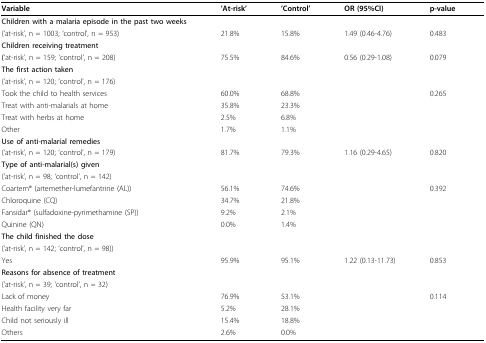
<table><thead><tr><td><b>Variable</b></td><td><b>&#x27;At-risk&#x27;</b></td><td><b>&#x27;Control&#x27;</b></td><td><b>OR (95%CI)</b></td><td><b>p-value</b></td></tr></thead><tbody><tr><td><b>Children with a malaria episode in the past two weeks</b></td><td></td><td></td><td></td><td></td></tr><tr><td>(&#x27;at-risk&#x27;, n = 1003; &#x27;control&#x27;, n = 953)</td><td>21.8%</td><td>15.8%</td><td>1.49 (0.46-4.76)</td><td>0.483</td></tr><tr><td><b>Children receiving treatment</b></td><td></td><td></td><td></td><td></td></tr><tr><td><b>(</b>&#x27;at-risk&#x27;, n = 159; &#x27;control&#x27;, n = 208)</td><td>75.5%</td><td>84.6%</td><td>0.56 (0.29-1.08)</td><td>0.079</td></tr><tr><td><b>The first action taken</b></td><td></td><td></td><td></td><td></td></tr><tr><td>(&#x27;at-risk&#x27;, n = 120; &#x27;control&#x27;, n = 176)</td><td></td><td></td><td></td><td></td></tr><tr><td>Took the child to health services</td><td>60.0%</td><td>68.8%</td><td></td><td>0.265</td></tr><tr><td>Treat with anti-malarials at home</td><td>35.8%</td><td>23.3%</td><td></td><td></td></tr><tr><td>Treat with herbs at home</td><td>2.5%</td><td>6.8%</td><td></td><td></td></tr><tr><td>Other</td><td>1.7%</td><td>1.1%</td><td></td><td></td></tr><tr><td><b>Use of anti-malarial remedies</b></td><td></td><td></td><td></td><td></td></tr><tr><td>(&#x27;at-risk&#x27;, n = 120; &#x27;control&#x27;, n = 179)</td><td>81.7%</td><td>79.3%</td><td>1.16 (0.29-4.65)</td><td>0.820</td></tr><tr><td><b>Type of anti-malarial(s) given</b></td><td></td><td></td><td></td><td></td></tr><tr><td>(&#x27;at-risk&#x27;, n = 98; &#x27;control&#x27;, n = 142)</td><td></td><td></td><td></td><td></td></tr><tr><td>Coartem<sup>® </sup>(artemether-lumefantrine (AL))</td><td>56.1%</td><td>74.6%</td><td></td><td>0.392</td></tr><tr><td>Chloroquine (CQ)</td><td>34.7%</td><td>21.8%</td><td></td><td></td></tr><tr><td>Fansidar<sup>® </sup>(sulfadoxine-pyrimethamine (SP))</td><td>9.2%</td><td>2.1%</td><td></td><td></td></tr><tr><td>Quinine (QN)</td><td>0.0%</td><td>1.4%</td><td></td><td></td></tr><tr><td><b>The child finished the dose</b></td><td></td><td></td><td></td><td></td></tr><tr><td>(&#x27;at-risk&#x27;, n = 142; &#x27;control&#x27;, n = 98))</td><td></td><td></td><td></td><td></td></tr><tr><td>Yes</td><td>95.9%</td><td>95.1%</td><td>1.22 (0.13-11.73)</td><td>0.853</td></tr><tr><td><b>Reasons for absence of treatment</b></td><td></td><td></td><td></td><td></td></tr><tr><td>(&#x27;at-risk&#x27;, n = 39; &#x27;control&#x27;, n = 32)</td><td></td><td></td><td></td><td></td></tr><tr><td>Lack of money</td><td>76.9%</td><td>53.1%</td><td></td><td>0.114</td></tr><tr><td>Health facility very far</td><td>5.2%</td><td>28.1%</td><td></td><td></td></tr><tr><td>Child not seriously ill</td><td>15.4%</td><td>18.8%</td><td></td><td></td></tr><tr><td>Others</td><td>2.6%</td><td>0.0%</td><td></td><td></td></tr></tbody></table>